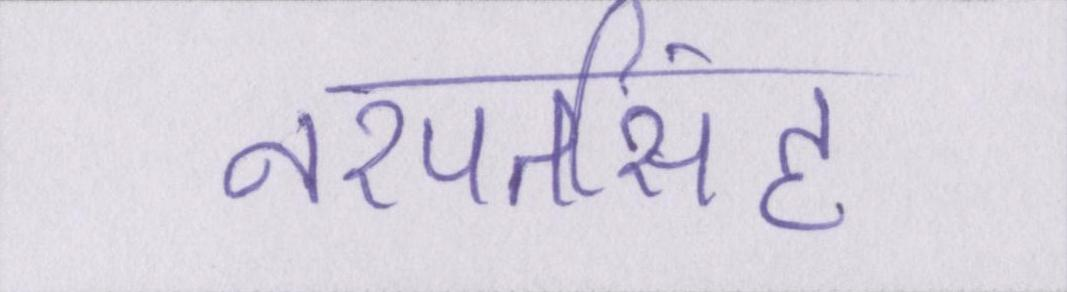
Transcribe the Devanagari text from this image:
नरपतसिंह